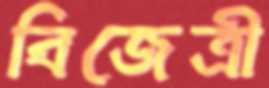
বিজেত্রী